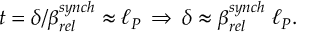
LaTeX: t = \delta / \beta _ { r e l } ^ { s y n c h } \approx \ell _ { P } \, \Rightarrow \, \delta \approx \beta _ { r e l } ^ { s y n c h } \; \ell _ { P } .